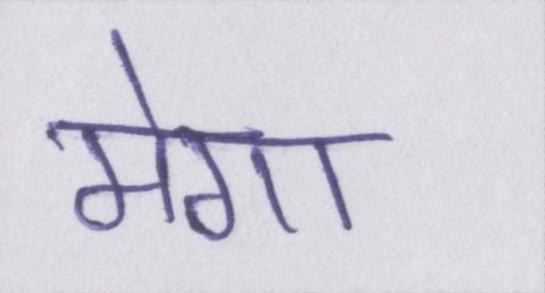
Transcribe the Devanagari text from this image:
मेगा